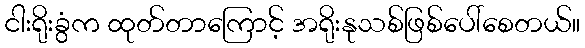
ငါးရိုးခွံက ထုတ်တာကြောင့် အရိုးနုသစ်ဖြစ်ပေါ်စေတယ်။